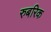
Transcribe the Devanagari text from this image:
रुबरिक